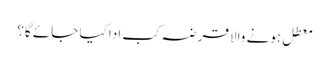
معطل ہونے والا قرضہ کب ادا کیا جائے گا؟